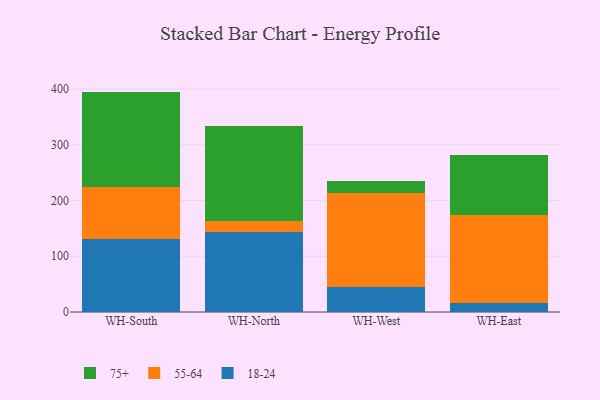
{"axis": {"x": "Warehouse", "y": "Temperature (°C)"}, "legend": ["18-24", "55-64", "75+"], "data": [{"x": "WH-South", "y": 130.9, "type": "18-24"}, {"x": "WH-South", "y": 93.4, "type": "55-64"}, {"x": "WH-South", "y": 171.2, "type": "75+"}, {"x": "WH-North", "y": 143.7, "type": "18-24"}, {"x": "WH-North", "y": 19.4, "type": "55-64"}, {"x": "WH-North", "y": 170.4, "type": "75+"}, {"x": "WH-West", "y": 44.3, "type": "18-24"}, {"x": "WH-West", "y": 169.6, "type": "55-64"}, {"x": "WH-West", "y": 21.4, "type": "75+"}, {"x": "WH-East", "y": 15.4, "type": "18-24"}, {"x": "WH-East", "y": 158.7, "type": "55-64"}, {"x": "WH-East", "y": 107.3, "type": "75+"}]}